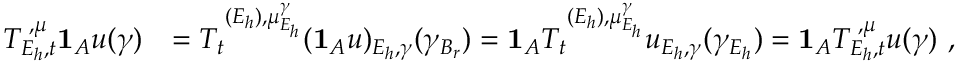
\begin{array} { r l } { T _ { E _ { h } , t } ^ { { \mathbf \Upsilon } , { \mu } } \mathbf 1 _ { A } u ( \gamma ) } & { = T _ { t } ^ { { \mathbf \Upsilon } ( E _ { h } ) , { \mu } _ { E _ { h } } ^ { \gamma } } ( \mathbf 1 _ { A } u ) _ { E _ { h } , \gamma } ( \gamma _ { B _ { r } } ) = \mathbf 1 _ { A } T _ { t } ^ { { \mathbf \Upsilon } ( E _ { h } ) , { \mu } _ { E _ { h } } ^ { \gamma } } u _ { E _ { h } , \gamma } ( \gamma _ { E _ { h } } ) = \mathbf 1 _ { A } T _ { E _ { h } , t } ^ { { \mathbf \Upsilon } , { \mu } } u ( \gamma ) \, \, \mathrm { , } \; \, } \end{array}